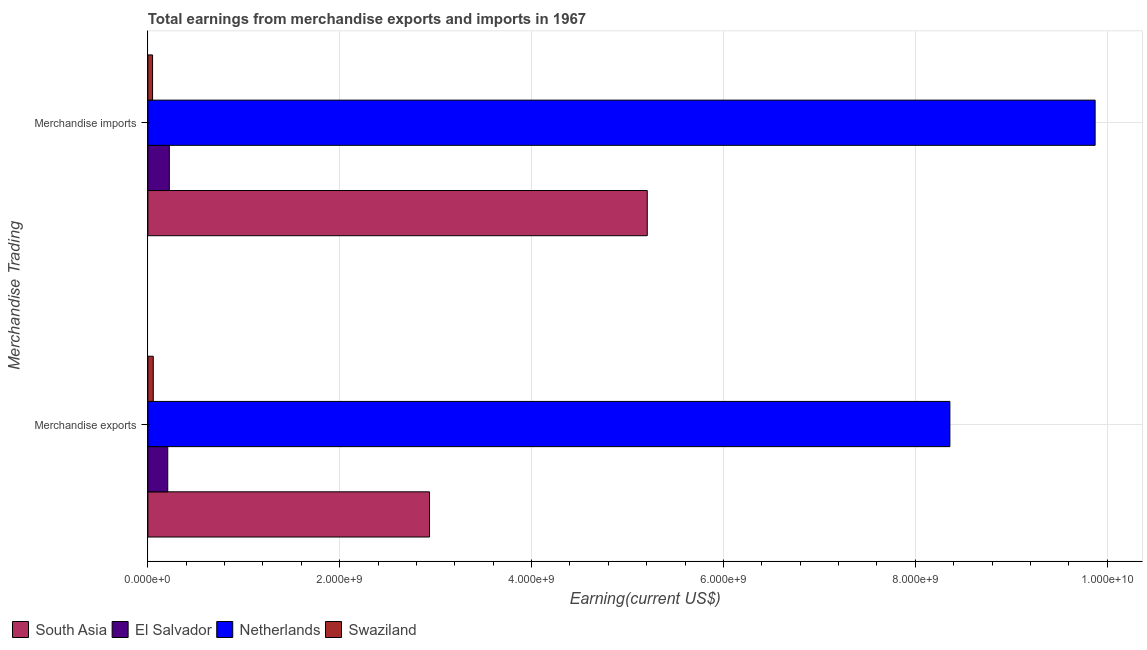
| Merchandise Trading | South Asia | El Salvador | Netherlands | Swaziland |
 | --- | --- | --- | --- | --- |
 | Merchandise exports | 2.94e+09 | 2.07e+08 | 8.36e+09 | 5.63e+07 |
 | Merchandise imports | 5.21e+09 | 2.24e+08 | 9.88e+09 | 4.9e+07 |